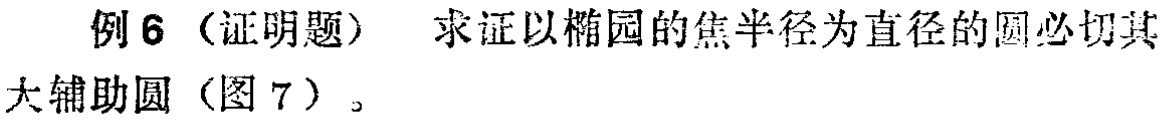
例6（证明题） 求证以椭圆的焦半径为直径的圆必切其大辅助圆（图7）。